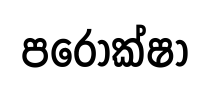
පරෝක්ෂා